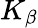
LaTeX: K_{\beta}